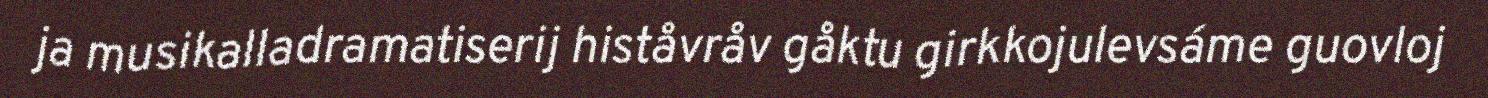
ja musikalladramatiserij histåvråv gåktu girkkojulevsáme guovloj